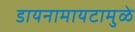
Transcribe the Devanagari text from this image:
डायनामायटामुळे